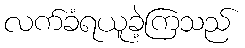
လက်ခံရယူခဲ့ကြသည်